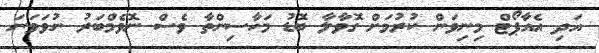
އަދި އެއާޕޯޓް މިނިވަން ކުރުމަށް ގޮވާލާ ބޮޑު މަހާސިންތާ ވެސް ނޮވެމްބަރު ނުވަވަނަ